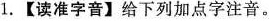
1.【读准字音】给下列加点字注音。